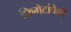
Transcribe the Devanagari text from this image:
फ्रिगेटांपैकी